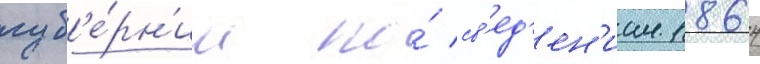
губ'е́рн'ии по́ св'ед'ен'иам 1864